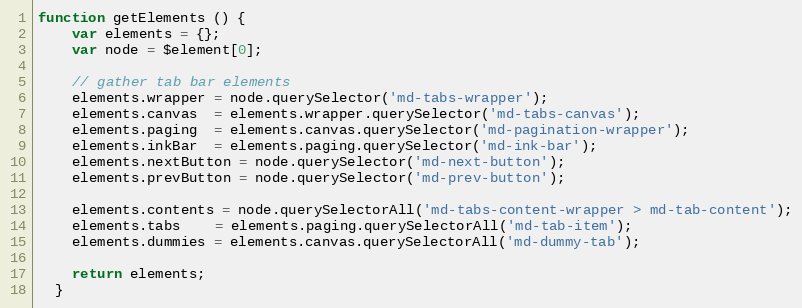
Language: JavaScript
function getElements () {
    var elements = {};
    var node = $element[0];

    // gather tab bar elements
    elements.wrapper = node.querySelector('md-tabs-wrapper');
    elements.canvas  = elements.wrapper.querySelector('md-tabs-canvas');
    elements.paging  = elements.canvas.querySelector('md-pagination-wrapper');
    elements.inkBar  = elements.paging.querySelector('md-ink-bar');
    elements.nextButton = node.querySelector('md-next-button');
    elements.prevButton = node.querySelector('md-prev-button');

    elements.contents = node.querySelectorAll('md-tabs-content-wrapper > md-tab-content');
    elements.tabs    = elements.paging.querySelectorAll('md-tab-item');
    elements.dummies = elements.canvas.querySelectorAll('md-dummy-tab');

    return elements;
  }